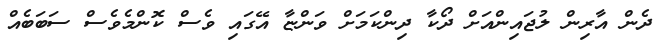
ދެން އާރިން ލުޖައިންއަށް ދޯކާ ދިންކަމަށް ވަންޏާ އޭގައި ވެސް ކޮންމެވެސް ސަބަބެއް